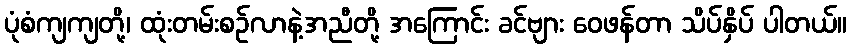
ပုံစံကျကျတို့၊ ထုံးတမ်းစဉ်လာနဲ့အညီတို့ အကြောင်း ခင်ဗျား ဝေဖန်တာ သိပ်နှိပ် ပါတယ်။